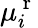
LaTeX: \mu_{i}^{\mathrm{~r~}}